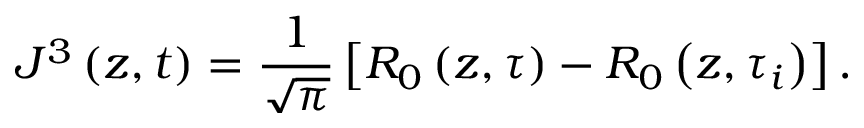
J ^ { 3 } \left( z , t \right) = \frac { 1 } { \sqrt { \pi } } \left[ R _ { 0 } \left( z , \tau \right) - R _ { 0 } \left( z , \tau _ { i } \right) \right] .